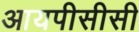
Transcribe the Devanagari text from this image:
आयपीसीसी